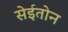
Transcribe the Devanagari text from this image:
सेईतोन